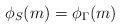
LaTeX: \begin{align*}\phi_S(m)=\phi_\Gamma(m)\end{align*}